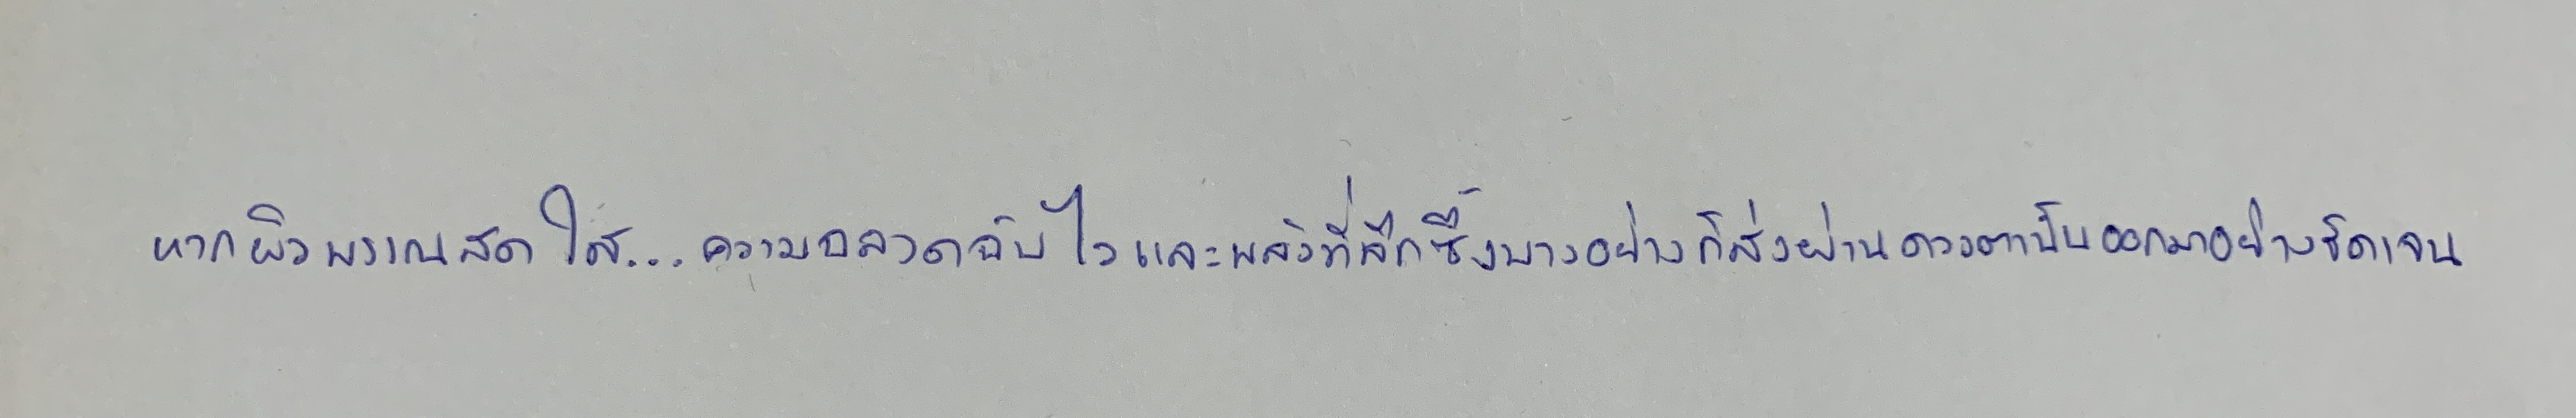
หากผิวพรรณสดใส...ความฉลาดฉับไวและพลังที่ลึกซึ้งบางอย่างก็ส่งผ่านดวงตานั้นออกมาอย่างชัดเจน